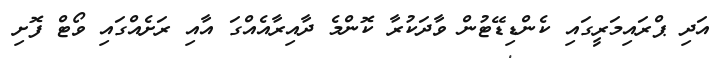
އަދި ޕްރައިމަރީގައި ކެންޑިޑޭޓުން ވާދަކުރާ ކޮންމެ ދާއިރާއެއްގަ އާއި ރަށެއްގައި ވޯޓް ފޮށި